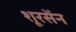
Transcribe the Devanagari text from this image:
शूरसेंन